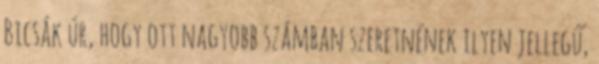
Bicsák úr, hogy ott nagyobb számban szeretnének ilyen jellegű,